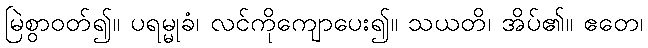
မြဲစွာဝတ်၍။ ပရမ္မုခံ၊ လင်ကိုကျောပေး၍။ သယတိ၊ အိပ်၏။ ဧတေ၊